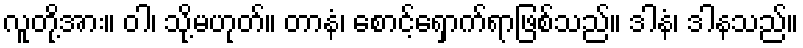
လူတို့အား။ ဝါ၊ သို့မဟုတ်။ တာနံ၊ စောင့်ရှောက်ရာဖြစ်သည်။ ဒါနံ၊ ဒါနသည်။